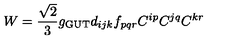
W = \frac { \sqrt { 2 } } { 3 } g _ { \mathrm { G U T } } d _ { i j k } f _ { p q r } C ^ { i p } C ^ { j q } C ^ { k r }